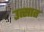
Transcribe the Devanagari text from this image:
उत्सात